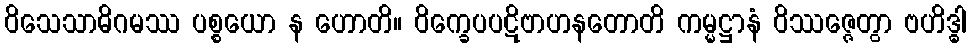
ဝိသေသာဓိဂမဿ ပစ္စယော န ဟောတိ။ ဝိက္ခေပပဋိဗာဟနတောတိ ကမ္မဋ္ဌာနံ ဝိဿဇ္ဇေတွာ ဗဟိဒ္ဓါ